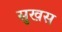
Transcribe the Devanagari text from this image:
सुखस